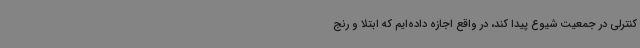
کنترلی در جمعیت شیوع پیدا کند، در واقع اجازه داده‌ایم که ابتلا و رنج